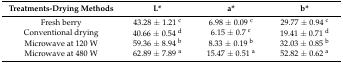
<table><thead><tr><td><b>Treatments-Drying Methods</b></td><td><b>L*</b></td><td><b>a*</b></td><td><b>b*</b></td></tr></thead><tbody><tr><td>Fresh berry</td><td>43.28 ± 1.21 <sup>c</sup></td><td>6.98 ± 0.09 <sup>c</sup></td><td>29.77 ± 0.94 <sup>c</sup></td></tr><tr><td>Conventional drying</td><td>40.66 ± 0.54 <sup>d</sup></td><td>6.15 ± 0.7 <sup>c</sup></td><td>19.41 ± 0.71 <sup>d</sup></td></tr><tr><td>Microwave at 120 W</td><td>59.36 ± 8.94 <sup>b</sup></td><td>8.33 ± 0.19 <sup>b</sup></td><td>32.03 ± 0.85 <sup>b</sup></td></tr><tr><td>Microwave at 480 W</td><td>62.89 ± 7.89 <sup>a</sup></td><td>15.47 ± 0.51 <sup>a</sup></td><td>52.82 ± 0.62 <sup>a</sup></td></tr></tbody></table>